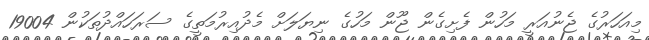
މިއަހަރުގެ ޖެނުއަރީ މަހުން ފެށިގެން ޖޫން މަހުގެ ނިޔަލަށް މެދުއިރުމަތީގެ ސަރަހައްދުތަކުން 19004